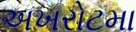
અખરોટમા